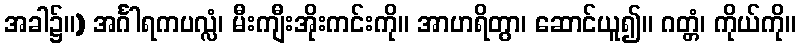
အခါ၌။) အင်္ဂါရကပလ္လံ၊ မီးကျီးအိုးကင်းကို။ အာဟရိတွာ၊ ဆောင်ယူ၍။ ဂတ္တံ၊ ကိုယ်ကို။